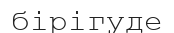
бірігуде